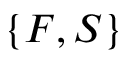
\{ F , S \}